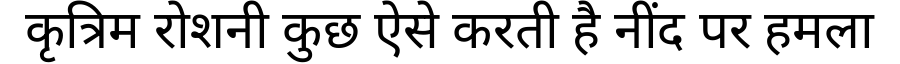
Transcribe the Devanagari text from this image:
कृत्रिम रोशनी कुछ ऐसे करती है नींद पर हमला